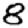
Digit: 8